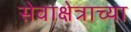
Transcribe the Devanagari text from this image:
सेवाक्षेत्राच्या